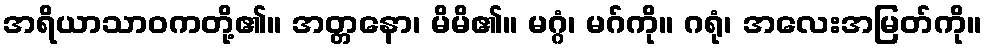
အရိယာသာဝကတို့၏။ အတ္တနော၊ မိမိ၏။ မဂ္ဂံ၊ မဂ်ကို။ ဂရုံ၊ အလေးအမြတ်ကို။